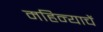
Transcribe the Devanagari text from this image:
महिन्याचें